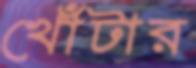
খোঁটার